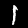
Label: 1